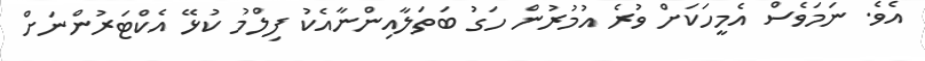
އެވެ. ނަމަވެސް އެމީހަކަށް ވުރެ އުމުރުން ހަގު ބަތަލާއިންނާއެކު ފިލްމު ކުޅޭ އެކްޓަރުންނަށް